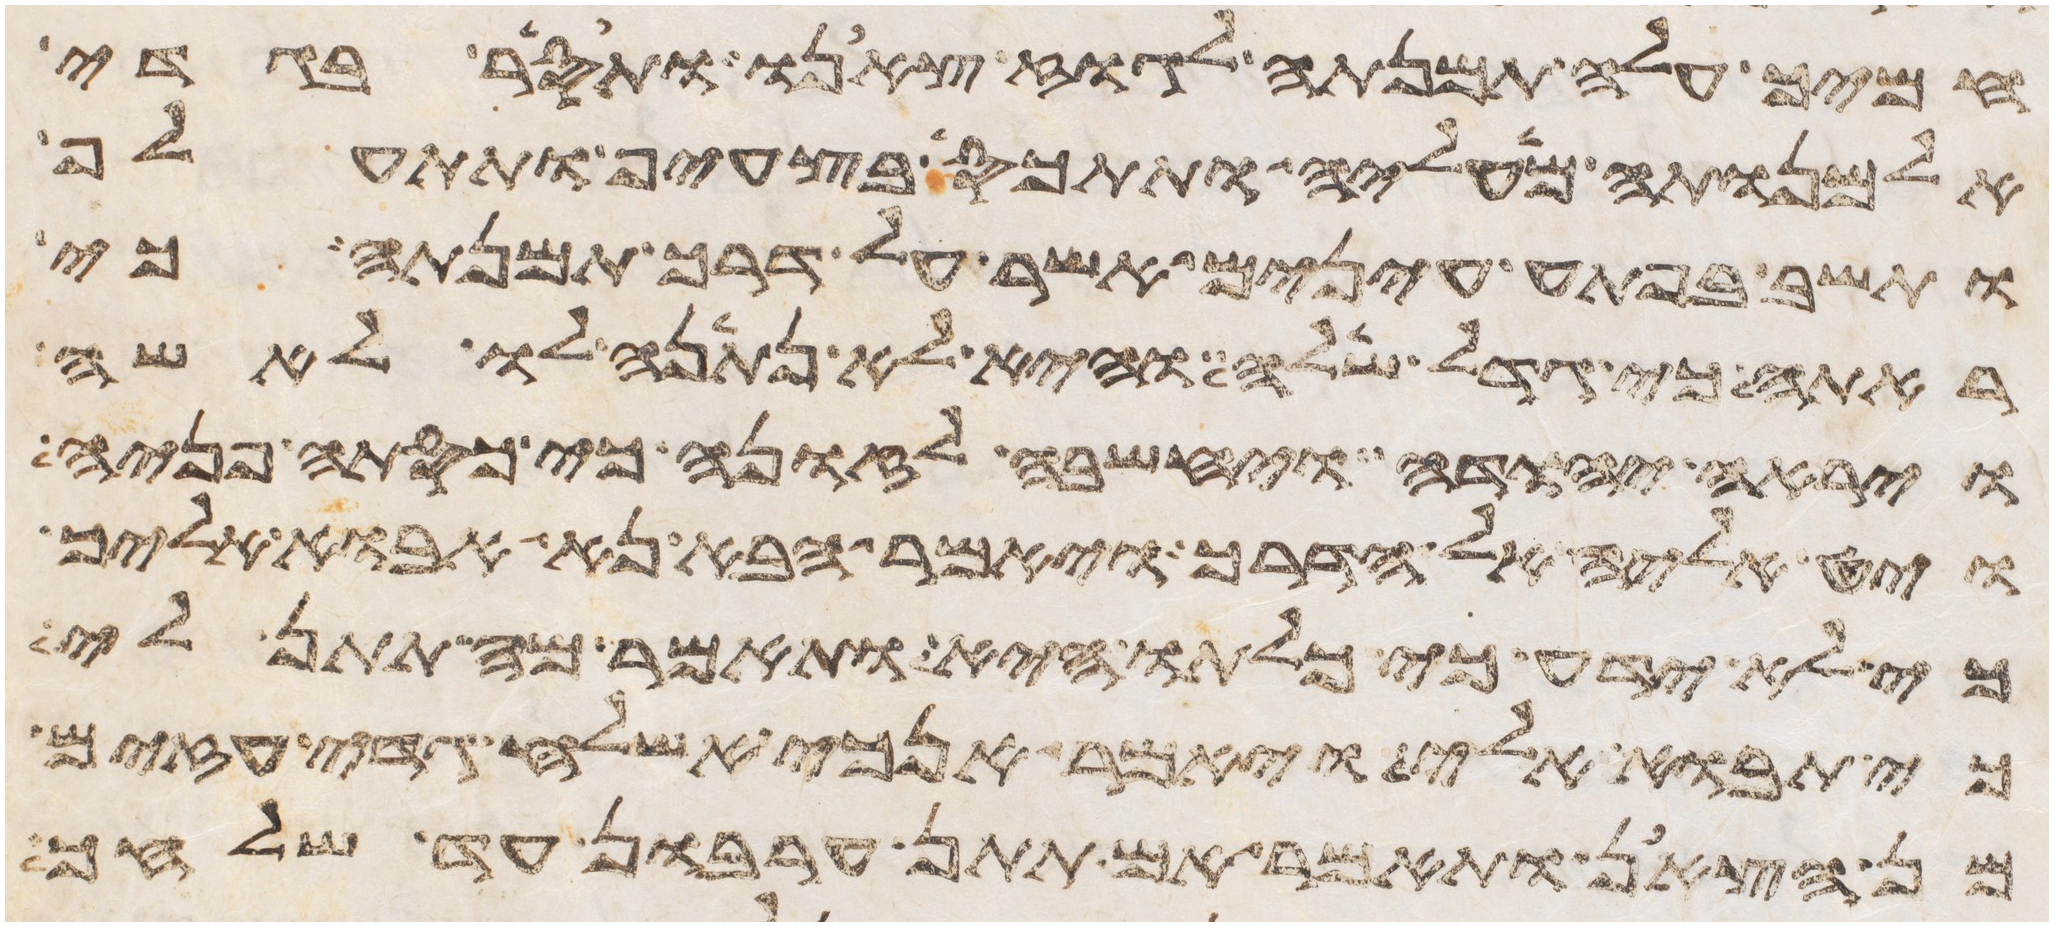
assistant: חמיך עלה תמנתה לגוז צאנו ותסר בגדי
אלמנותה מעליה ותתכס בצעיף ותתעלף
ותשב בפתע עינים אשר על דרך תמנתה כי
ראתה כי גדל שלה והיא לא נתנה לו לאשה
ויראה יהודה ויחשבה לזונה כי כסתה פניה
ויט אליה אל הדרך ויאמר הבא נא אבוא אליך
כי לא ידע כי כלתו היא ותאמר מה תתן לי
כי תבוא אלי ויאמר אנכי אשלח גדי עזים
מן הצאן ותאמר אם תתן ערבון עד שלחך